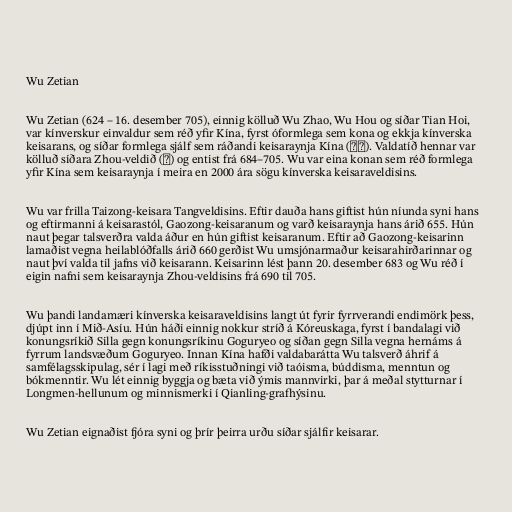
Wu Zetian

Wu Zetian (624 – 16. desember 705), einnig kölluð Wu Zhao, Wu Hou og síðar Tian Hoi,
var kínverskur einvaldur sem réð yfir Kína, fyrst óformlega sem kona og ekkja kínverska
keisarans, og síðar formlega sjálf sem ráðandi keisaraynja Kína (皇帝). Valdatíð hennar var
kölluð síðara Zhou-veldið (周) og entist frá 684–705. Wu var eina konan sem réð formlega
yfir Kína sem keisaraynja í meira en 2000 ára sögu kínverska keisaraveldisins.

Wu var frilla Taizong-keisara Tangveldisins. Eftir dauða hans giftist hún níunda syni hans
og eftirmanni á keisarastól, Gaozong-keisaranum og varð keisaraynja hans árið 655. Hún
naut þegar talsverðra valda áður en hún giftist keisaranum. Eftir að Gaozong-keisarinn
lamaðist vegna heilablóðfalls árið 660 gerðist Wu umsjónarmaður keisarahirðarinnar og
naut því valda til jafns við keisarann. Keisarinn lést þann 20. desember 683 og Wu réð í
eigin nafni sem keisaraynja Zhou-veldisins frá 690 til 705.

Wu þandi landamæri kínverska keisaraveldisins langt út fyrir fyrrverandi endimörk þess,
djúpt inn í Mið-Asíu. Hún háði einnig nokkur stríð á Kóreuskaga, fyrst í bandalagi við
konungsríkið Silla gegn konungsríkinu Goguryeo og síðan gegn Silla vegna hernáms á
fyrrum landsvæðum Goguryeo. Innan Kína hafði valdabarátta Wu talsverð áhrif á
samfélagsskipulag, sér í lagi með ríkisstuðningi við taóisma, búddisma, menntun og
bókmenntir. Wu lét einnig byggja og bæta við ýmis mannvirki, þar á meðal stytturnar í
Longmen-hellunum og minnismerki í Qianling-grafhýsinu.

Wu Zetian eignaðist fjóra syni og þrír þeirra urðu síðar sjálfir keisarar.